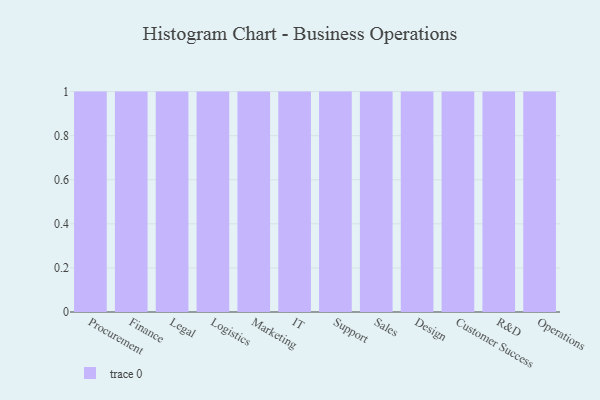
{"axis": {"x": "Department", "y": "Temperature (°C)"}, "legend": [""], "data": [{"x": "Procurement", "y": 55, "type": ""}, {"x": "Finance", "y": 2, "type": ""}, {"x": "Legal", "y": 55, "type": ""}, {"x": "Logistics", "y": 31, "type": ""}, {"x": "Marketing", "y": 47, "type": ""}, {"x": "IT", "y": 14, "type": ""}, {"x": "Support", "y": 98, "type": ""}, {"x": "Sales", "y": 31, "type": ""}, {"x": "Design", "y": 49, "type": ""}, {"x": "Customer Success", "y": 78, "type": ""}, {"x": "R&D", "y": 22, "type": ""}, {"x": "Operations", "y": 54, "type": ""}]}